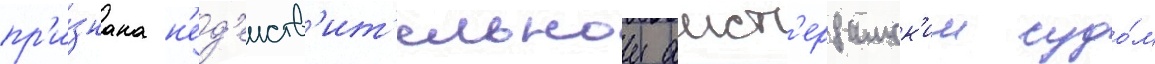
пр'и́знана н'ед'еиств'ит'ельнои амст'ердамск'им судо́м